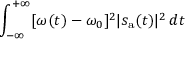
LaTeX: \int _ { - \infty } ^ { + \infty } [ \omega ( t ) - \omega _ { 0 } ] ^ { 2 } | s _ { \mathrm { a } } ( t ) | ^ { 2 } \, d t